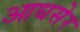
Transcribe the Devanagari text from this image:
आधसेर